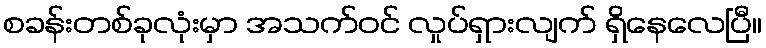
စခန်းတစ်ခုလုံးမှာ အသက်ဝင် လှုပ်ရှားလျက် ရှိနေလေပြီ။